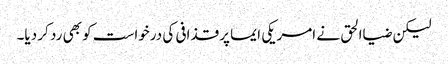
لیکن ضیاالحق نے امریکی ایما پر قذافی کی درخواست کو بھی رد کر دیا۔